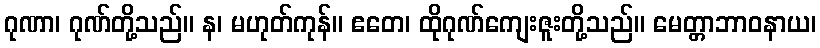
ဂုဏာ၊ ဂုဏ်တို့သည်။ န၊ မဟုတ်ကုန်။ ဧတေ၊ ထိုဂုဏ်ကျေးဇူးတို့သည်။ မေတ္တာဘာဝနာယ၊